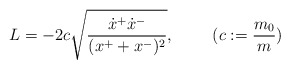
\begin{align*}L=-2c\sqrt{\frac{\dot x^+\dot x^-}{(x^++x^-)^2}},~~~~~~~(c:=\frac{m_0}{m})\end{align*}